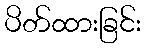
ပိတ်ထားခြင်း